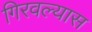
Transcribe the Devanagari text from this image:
गिरवल्यास